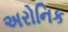
અરોનિક